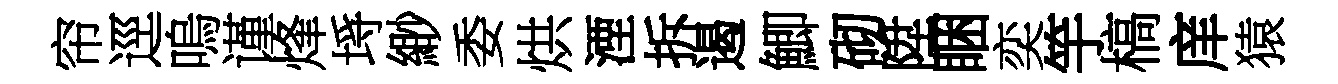
帘逕嗚谨烽埓緲委烘湮拆遏鯽砌陞睏奕竽槁庠猿